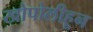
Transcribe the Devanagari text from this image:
खोपोलीहून